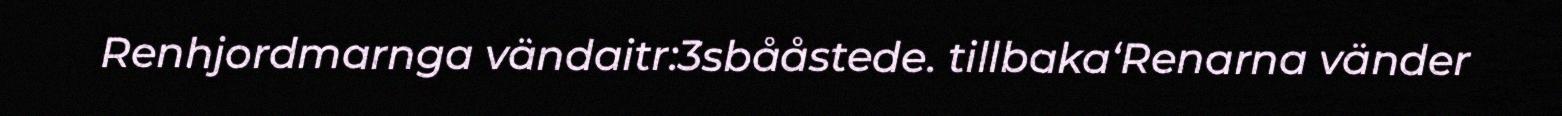
Renhjordmarnga vändaitr:3sbååstede. tillbaka‘Renarna vänder